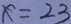
x = 2 3